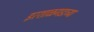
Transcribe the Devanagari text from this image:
इरशाळगडाच्या